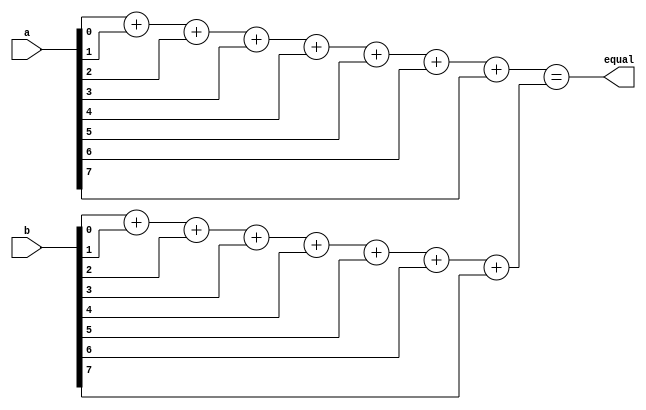
module arithmetic_equality_comparator (
    input [7:0] a, 
    input [7:0] b,
    output wire equal
);

reg [7:0] result_a;
reg [7:0] result_b;

always @(a) begin
    // Perform necessary arithmetic operations on set A
    // For example, sum of all elements in set A
    result_a = a[0] + a[1] + a[2] + a[3] + a[4] + a[5] + a[6] + a[7];
end

always @(b) begin
    // Perform necessary arithmetic operations on set B
    // For example, sum of all elements in set B
    result_b = b[0] + b[1] + b[2] + b[3] + b[4] + b[5] + b[6] + b[7];
end

assign equal = (result_a == result_b);

endmodule